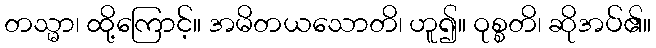
တသ္မာ၊ ထို့ကြောင့်။ အမိတယသောတိ၊ ဟူ၍။ ဝုစ္စတိ၊ ဆိုအပ်၏။